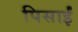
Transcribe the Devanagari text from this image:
पिसाईं